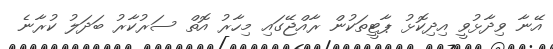
އޭނާ ވިދާޅުވީ އިދިކޮޅު ޕާޓީތަކުން ރާއްޖޭގައި މިހާރު އޮތް ސަރުކާރު ބަދަލު ކުރާނެ